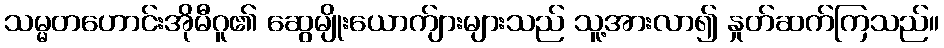
သမ္မတဟောင်းအိုမီဂူ၏ ဆွေမျိုးယောက်ျားများသည် သူ့အားလာ၍ နှုတ်ဆက်ကြသည်။